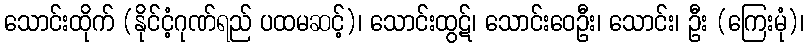
သောင်းထိုက် (နိုင်ငံ့ဂုဏ်ရည် ပထမဆင့်)၊ သောင်းထွဋ်၊ သောင်းဝေဦး၊ သောင်း၊ ဦး (ကြေးမုံ)၊